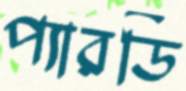
প্যারডি